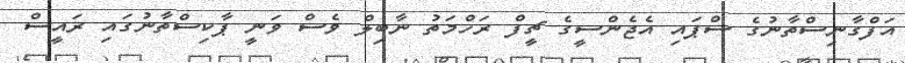
އަފްގާނިސްތާނުގެ ސްޕައި އެޖެންސީގެ ޗީފް ރަހްމަތު ނާބިލް ވެސް ވަނީ ޕާކިސްތާނުގައި ރައީސް